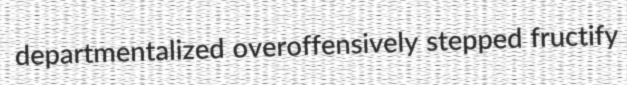
departmentalized overoffensively stepped fructify